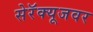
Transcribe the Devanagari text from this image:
सेरॅक्यूजवर